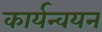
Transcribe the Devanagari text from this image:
कार्यन्वयन